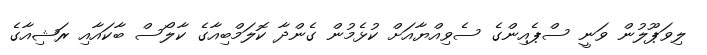
ލިވަޕޫލުން ވަނީ ސްޕެއިންގެ ސެވިއްޔާއަށް ކުޅެމުން ގެންދާ ކޮލަމްބިއާގެ ކާލޯސް ބާކައާއި ރަޝިއާގެ